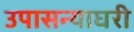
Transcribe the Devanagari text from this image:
उपासन्याघरी